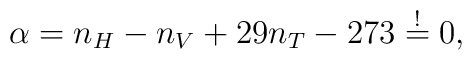
\alpha = n_H - n_V + 29 n_T -273 \stackrel{!}{=} 0,